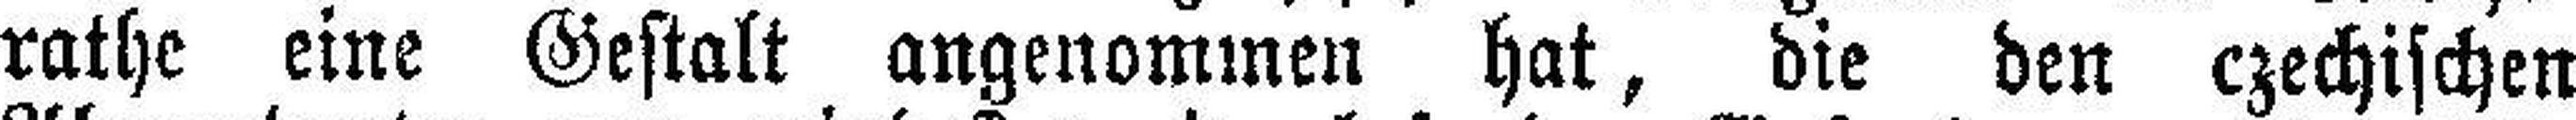
rathe eine Gestalt angenommen hat, die den czechischen